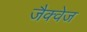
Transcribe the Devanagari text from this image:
जैक्वेज